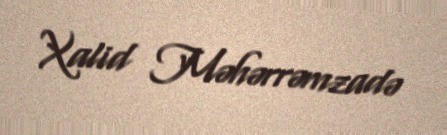
Xalid Məhərrəmzadə